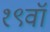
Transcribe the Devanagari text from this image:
१९वॉ